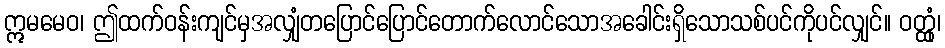
ဣမမေဝ၊ ဤထက်ဝန်းကျင်မှအလျှံတပြောင်ပြောင်တောက်လောင်သောအခေါင်းရှိသောသစ်ပင်ကိုပင်လျှင်။ ဝတ္ထုံ၊